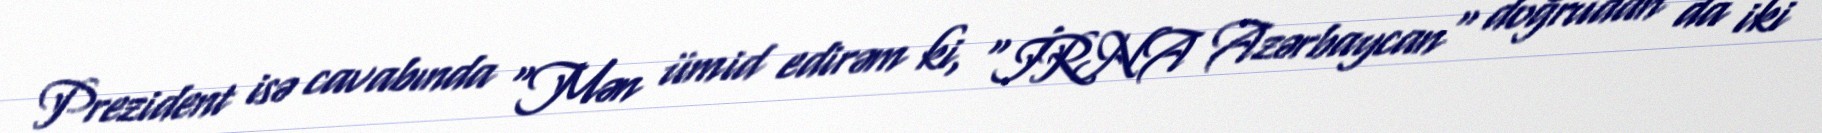
Prezident isə cavabında “Mən ümid edirəm ki, "İRNA Azərbaycan" doğrudan da iki